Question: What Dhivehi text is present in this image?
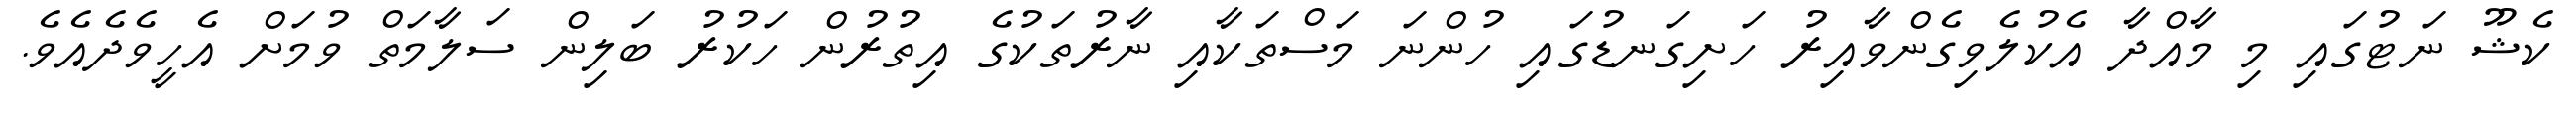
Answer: ކެޝޫ ނަޓުގައި މި މާއްދާ އެކުލެވިގެންވާއިރު ހަށިގަނޑުގައި ހުންނަ މަސްތަކާއި ނާރުތަކުގެ އިތުރުން ހަކުރު ބަލިން ސަލާމަތް ވުމަށް އެހީވެދެއެވެ.